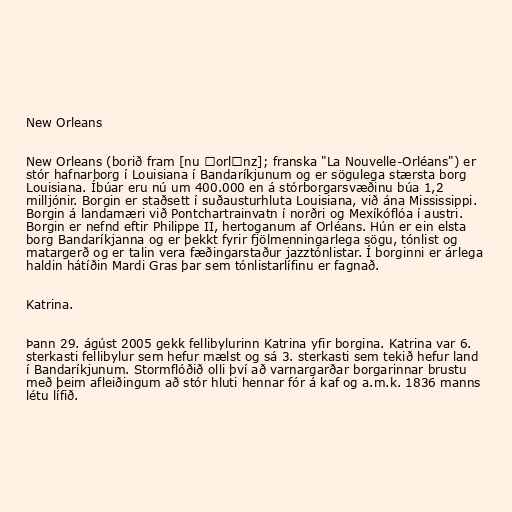
New Orleans

New Orleans (borið fram [nu ˈorlɪnz]; franska "La Nouvelle-Orléans") er
stór hafnarborg í Louisiana í Bandaríkjunum og er sögulega stærsta borg
Louisiana. Íbúar eru nú um 400.000 en á stórborgarsvæðinu búa 1,2
milljónir. Borgin er staðsett í suðausturhluta Louisiana, við ána Mississippi.
Borgin á landamæri við Pontchartrainvatn í norðri og Mexíkóflóa í austri.
Borgin er nefnd eftir Philippe II, hertoganum af Orléans. Hún er ein elsta
borg Bandaríkjanna og er þekkt fyrir fjölmenningarlega sögu, tónlist og
matargerð og er talin vera fæðingarstaður jazztónlistar. Í borginni er árlega
haldin hátíðin Mardi Gras þar sem tónlistarlífinu er fagnað.

Katrina.

Þann 29. ágúst 2005 gekk fellibylurinn Katrina yfir borgina. Katrina var 6.
sterkasti fellibylur sem hefur mælst og sá 3. sterkasti sem tekið hefur land
í Bandaríkjunum. Stormflóðið olli því að varnargarðar borgarinnar brustu
með þeim afleiðingum að stór hluti hennar fór á kaf og a.m.k. 1836 manns
létu lífið.